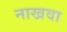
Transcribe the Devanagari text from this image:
नाखवा